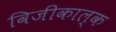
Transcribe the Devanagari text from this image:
विजीकाल्क